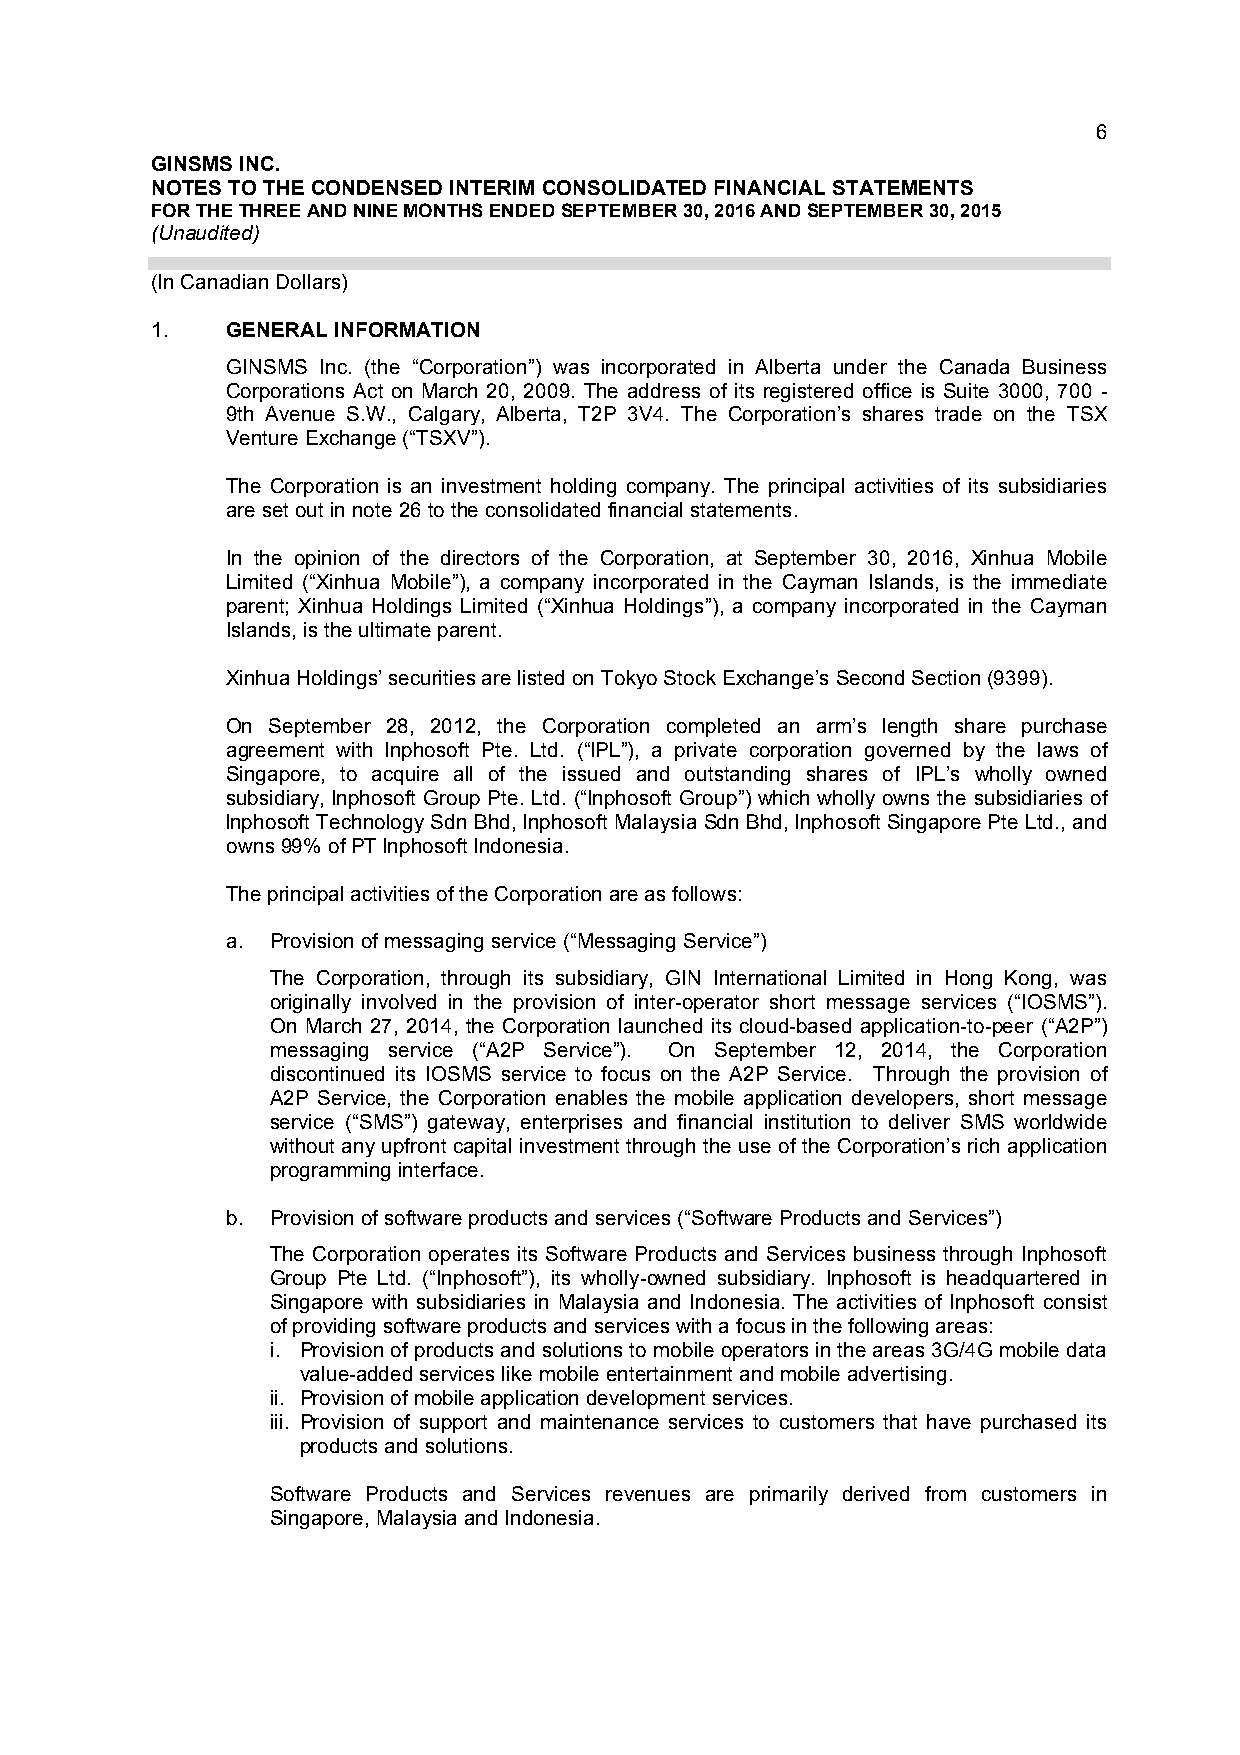
6
 GINSMS INC.
 NOTES TO THE CONDENSED INTERIM CONSOLIDATED FINANCIAL STATEMENTS
 FOR THE THREE AND NINE MONTHS ENDED SEPTEMBER 30, 2016 AND SEPTEMBER 30, 2015
 (Unaudited)
 (In Canadian Dollars)
 1.   GENERAL INFORMATION
 GINSMS Inc. (the “Corporation”) was incorporated in Alberta under the Canada Business
 Corporations Act on March 20, 2009. The address of its registered office is Suite 3000, 700 -
 9th Avenue S.W., Calgary, Alberta, T2P 3V4. The Corporation’s shares trade on the TSX
 Venture Exchange (“TSXV”).
 The Corporation is an investment holding company. The principal activities of its subsidiaries
 are set out in note 26 to the consolidated financial statements.
 In the opinion of the directors of the Corporation, at September 30, 2016, Xinhua Mobile
 Limited (“Xinhua Mobile”), a company incorporated in the Cayman Islands, is the immediate
 parent; Xinhua Holdings Limited (“Xinhua Holdings”), a company incorporated in the Cayman
 Islands, is the ultimate parent.
 Xinhua Holdings’ securities are listed on Tokyo Stock Exchange’s Second Section (9399).
 On September 28, 2012, the Corporation completed an arm’s length share purchase
 agreement with lnphosoft Pte. Ltd. (“lPL”), a private corporation governed by the laws of
 Singapore, to acquire all of the issued and outstanding shares of IPL’s wholly owned
 subsidiary, lnphosoft Group Pte. Ltd. (“Inphosoft Group”) which wholly owns the subsidiaries of
 lnphosoft Technology Sdn Bhd, lnphosoft Malaysia Sdn Bhd, lnphosoft Singapore Pte Ltd., and
 owns 99% of PT lnphosoft Indonesia.
 The principal activities of the Corporation are as follows:
 a. Provision of messaging service (“Messaging Service”)
 The Corporation, through its subsidiary, GIN International Limited in Hong Kong, was
 originally involved in the provision of inter-operator short message services (“IOSMS”).
 On March 27, 2014, the Corporation launched its cloud-based application-to-peer (“A2P”)
 messaging service (“A2P Service”). On September 12, 2014, the Corporation
 discontinued its IOSMS service to focus on the A2P Service. Through the provision of
 A2P Service, the Corporation enables the mobile application developers, short message
 service (“SMS”) gateway, enterprises and financial institution to deliver SMS worldwide
 without any upfront capital investment through the use of the Corporation’s rich application
 programming interface.
 b. Provision of software products and services (“Software Products and Services”)
 The Corporation operates its Software Products and Services business through Inphosoft
 Group Pte Ltd. (“Inphosoft”), its wholly-owned subsidiary. Inphosoft is headquartered in
 Singapore with subsidiaries in Malaysia and Indonesia. The activities of Inphosoft consist
 of providing software products and services with a focus in the following areas:
 i. Provision of products and solutions to mobile operators in the areas 3G/4G mobile data
 value-added services like mobile entertainment and mobile advertising.
 ii. Provision of mobile application development services.
 iii. Provision of support and maintenance services to customers that have purchased its
 products and solutions.
 Software Products and Services revenues are primarily derived from customers in
 Singapore, Malaysia and Indonesia.